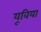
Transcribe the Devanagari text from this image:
यूविया